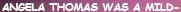
ANGELA THOMAS WAS A MILD-